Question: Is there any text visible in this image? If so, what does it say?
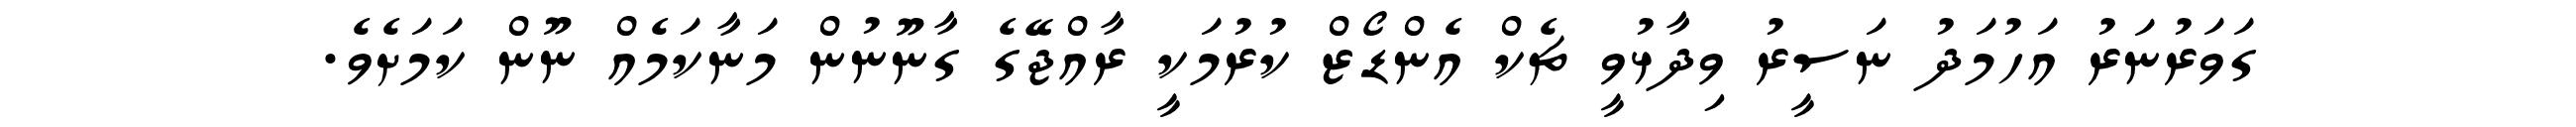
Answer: ގަވަރުނަރު އަހުމަދު ނަސީރު ވިދާޅުވީ ޗެކް އެންޑޯޒް ކުރުމަކީ ރާއްޖޭގެ ގާނޫނުން މަނާކަމެއް ނޫން ކަމަށެވެ.